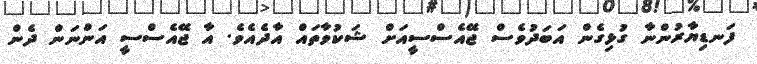
ފަނޑިޔާރުންނާ ގުޅިގެން އަބަދުވެސް ޖޭއެސްސީއަށް ޝަކުވާތައް އާދެއެވެ. އާ ޖޭއެސްސީ އަންނަން ދެން